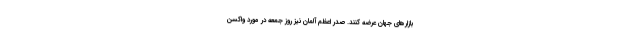
بازارهای جهان عرضه کنند. صدر اعظم آلمان نیز روز جمعه در مورد واکسن